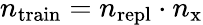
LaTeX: n_{\mathrm{train}}=n_{\mathrm{repl}}\cdot n_{\mathrm{x}}